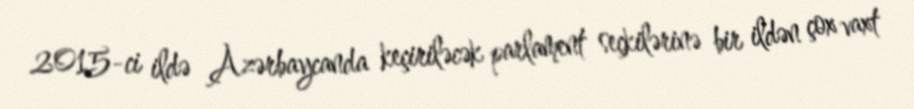
2015-ci ildə Azərbaycanda keçiriləcək parlament seçkilərinə bir ildən çox vaxt